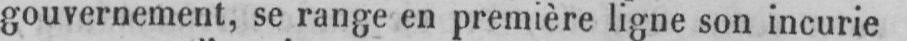
gouvernement, se range en première ligne son incurie